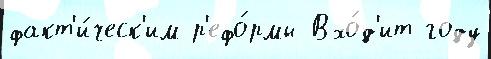
факт'и́ческ'им р'ефо́рмы Вхо́д'ит году